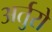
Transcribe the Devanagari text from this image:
अर्तुरो